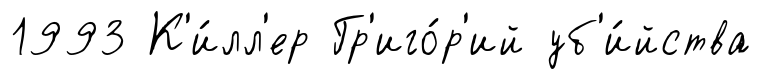
1993 К'и́лл'ер Гр'иго́р'ий уб'и́йства